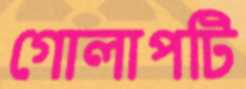
গোলাপটি